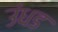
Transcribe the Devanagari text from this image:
उंधड